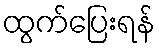
ထွက်ပြေးရန်